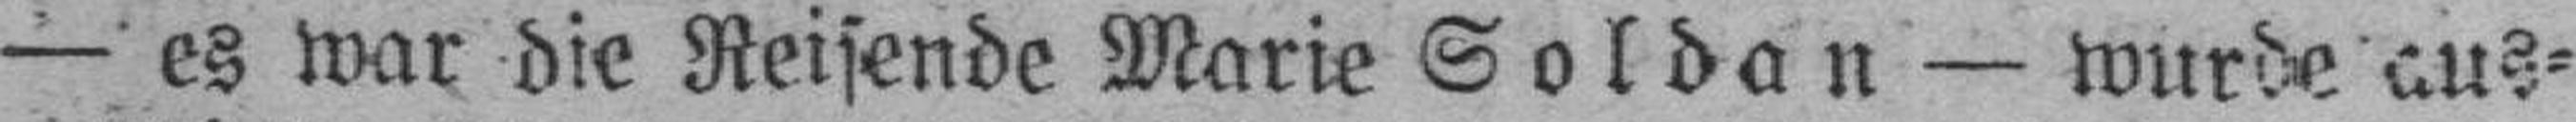
— es war die Reisende Marie Soldan — wurde aus¬